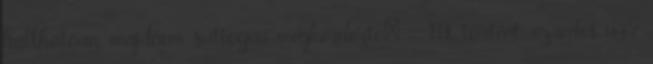
hallhatóan, majdnem suttogva megkérdezte: - Mi történt, ezredes úr?